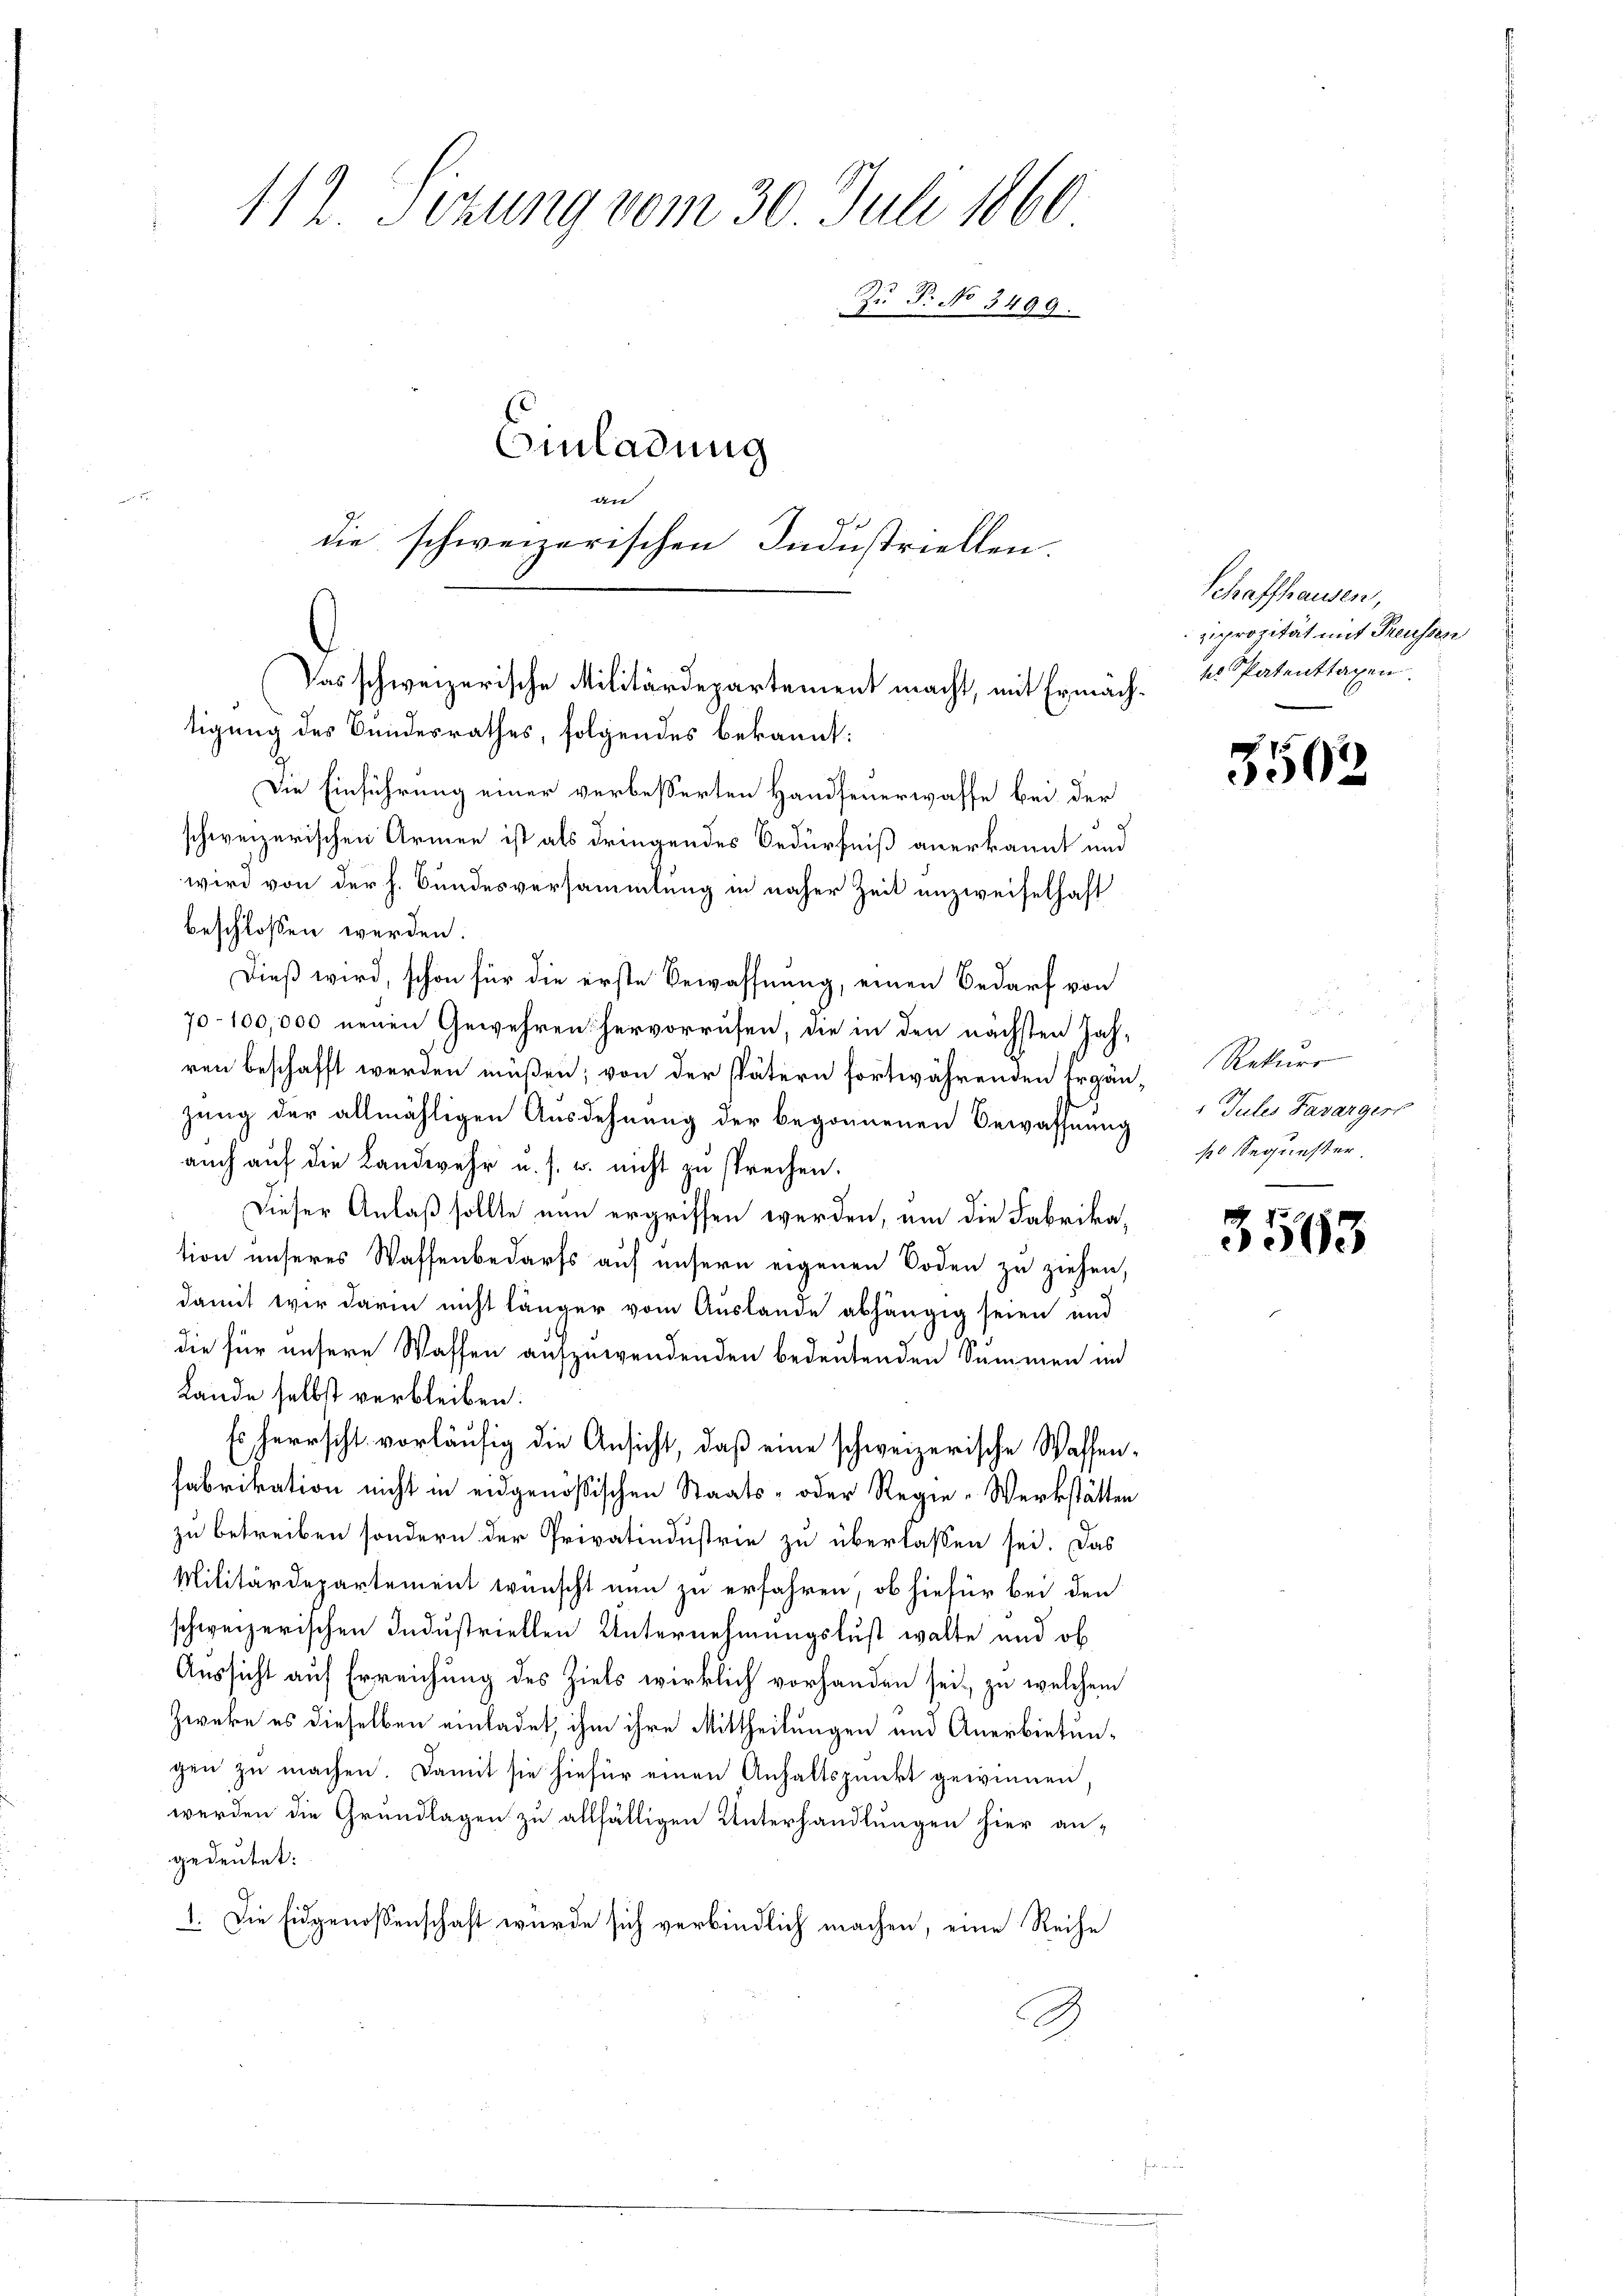
112. Sitzung vom 30. Juli 1860
Zu P. No 3499.
Einladung
dier
die schweizerischen Industriellen

Das schweizerische Militärdepartement macht, mit Ermäch¬

tigung des Bundesrathes, folgendes bekannt:
Die Einführung einer verbesserten Handfeuerwaffe bei der
schweizerischen Armen ist als dringendes Bedürfniß anerkannt und
wird von der h. Bundesversammlung in naher Zeit unzweifelhaft
beschlossen werden.
Dieß wird, schon für die erste Bewaffnung, einen Bedarf von
70-100,000 neuen Gewehren hervorrufen, die in den nächsten Jah-
ren beschafft werden müßen; von der spätern fortwährenden Ergänzung der allmähligen Ausdehnung der begonnenen Bewaffnung
auch auf die Landwehr u. s. w. nicht zu sprechen.
Dieser Anlaß sollte nun ergriffen werden, um die Fabrikation unseres Waffenbedarfs auf unsern eigenen Boden zu ziehen.
damit wir darin nicht länger vom Auslande abhängig seien und
e
die für unsere Waffen aufzuwendenden bedeutenden Summen und
Lände selbst verbleiben:
Es herrscht vorläufig die Ansicht, daß eine schweizerische Waffen¬
Fabrikation nicht in eidgenössischen Staats- oder Regie-Werkstätten
zu betreiben sondern der Privatindustrie zu überlassen sei. Das
Militärdepartement wünscht nun zu erfahren, ob hiefür bei den
schweizerischen Industriellen Unternehmungslust walte und ob
Aussicht auf Erreichung des Ziels wirklich vorhanden sei, zu welchem
Zweke es dieselben einladet, ihm ihre Mittheilungen und Anerbietungen zu machen. Damit sie hiefür einen Anhaltspunkt gewinnen,
werden die Grundlagen zu allfälligen Unterhandlungen hier an-
gedeutet:
1. Die Eidgenossenschaft wurde sich verbindlich machen, eine Reihe
3

Schaffhausen,
ziprozität mit Treusses
sl Patentragen.

5502

Rekurs
Jules Favarger
10 Sequester

3563